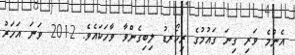
އެންމެ ވަރި ގިނަ ގައުމުގެ ރިކޯރޑު ލިބިގެންވާ ވާހަކައެވެ. 2012 ވަނަ އަހަރު